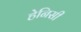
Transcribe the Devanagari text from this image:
हेनिसी